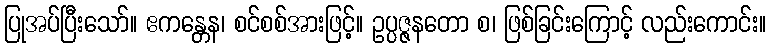
ပြုအပ်ပြီးသော်။ ဧကန္တေန၊ စင်စစ်အားဖြင့်။ ဥပ္ပဇ္ဇနတော စ၊ ဖြစ်ခြင်းကြောင့် လည်းကောင်း။